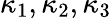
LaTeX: \kappa_{1},\kappa_{2},\kappa_{3}